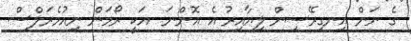
ގެ ނަން އިނގިރޭސިން ލިޔާއިރު އެ އޮންނަ  އަކީ ރޯމަން ނިއުމެރަލްސް